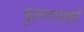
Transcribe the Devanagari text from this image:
मूलनायकों